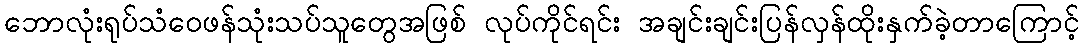
ဘောလုံးရုပ်သံဝေဖန်သုံးသပ်သူတွေအဖြစ် လုပ်ကိုင်ရင်း အချင်းချင်းပြန်လှန်ထိုးနှက်ခဲ့တာကြောင့်